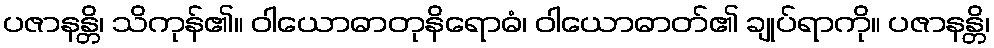
ပဇာနန္တိ၊ သိကုန်၏။ ဝါယောဓာတုနိရောဓံ၊ ဝါယောဓာတ်၏ ချုပ်ရာကို။ ပဇာနန္တိ၊